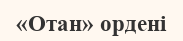
«Отан» ордені